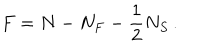
F = N - N _ { F } - \frac { 1 } { 2 } N _ { S } \, .